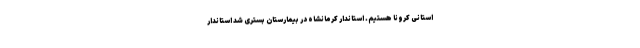
استانی کرونا هستیم. استاندار کرمانشاه در بیمارستان بستری شد استاندار